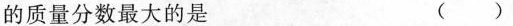
的质量分数最大的是 ( )